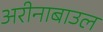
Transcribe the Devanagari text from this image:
अरीनाबाउल